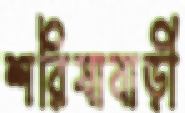
শরিষাবাড়ী